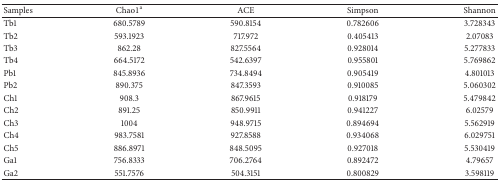
<table><thead><tr><td><b>Samples</b></td><td><b>Chao1<sup>a</sup></b></td><td><b>ACE</b></td><td><b>Simpson</b></td><td><b>Shannon</b></td></tr></thead><tbody><tr><td>Tb1</td><td>680.5789</td><td>590.8154</td><td>0.782606</td><td>3.728343</td></tr><tr><td>Tb2</td><td>593.1923</td><td>717.972</td><td>0.405413</td><td>2.07083</td></tr><tr><td>Tb3</td><td>862.28</td><td>827.5564</td><td>0.928014</td><td>5.277833</td></tr><tr><td>Tb4</td><td>664.5172</td><td>542.6397</td><td>0.955801</td><td>5.769862</td></tr><tr><td>Pb1</td><td>845.8936</td><td>734.8494</td><td>0.905419</td><td>4.801013</td></tr><tr><td>Pb2</td><td>890.375</td><td>847.3593</td><td>0.910085</td><td>5.060302</td></tr><tr><td>Ch1</td><td>908.3</td><td>867.9615</td><td>0.918179</td><td>5.479842</td></tr><tr><td>Ch2</td><td>891.25</td><td>850.9911</td><td>0.941227</td><td>6.02579</td></tr><tr><td>Ch3</td><td>1004</td><td>948.9715</td><td>0.894694</td><td>5.562919</td></tr><tr><td>Ch4</td><td>983.7581</td><td>927.8588</td><td>0.934068</td><td>6.029751</td></tr><tr><td>Ch5</td><td>886.8971</td><td>848.5095</td><td>0.927018</td><td>5.530419</td></tr><tr><td>Ga1</td><td>756.8333</td><td>706.2764</td><td>0.892472</td><td>4.79657</td></tr><tr><td>Ga2</td><td>551.7576</td><td>504.3151</td><td>0.800829</td><td>3.598119</td></tr></tbody></table>